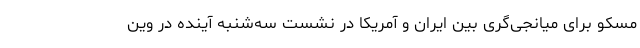
مسکو برای میانجی‌گری بین ایران و آمریکا در نشست سه‌شنبه آینده در وین